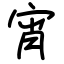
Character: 宵